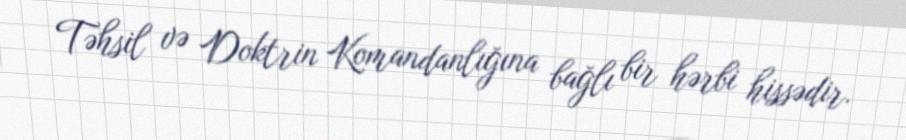
Təhsil və Doktrin Komandanlığına bağlı bir hərbi hissədir.